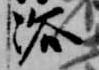
浴